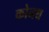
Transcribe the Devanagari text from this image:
कोनथ